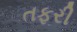
તફરી